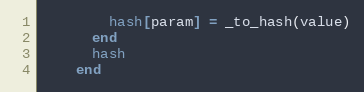
Language: Ruby
        hash[param] = _to_hash(value)
      end
      hash
    end